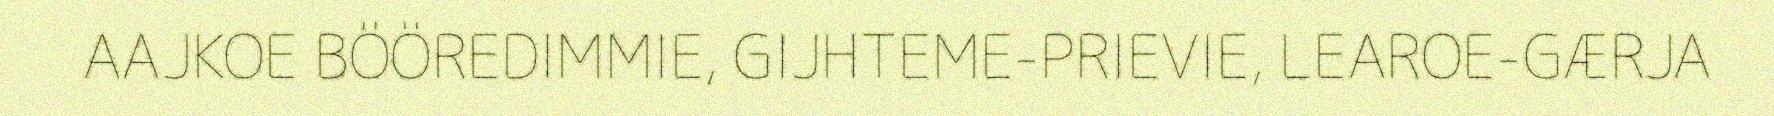
AAJKOE BÖÖREDIMMIE, GIJHTEME-PRIEVIE, LEAROE-GÆRJA